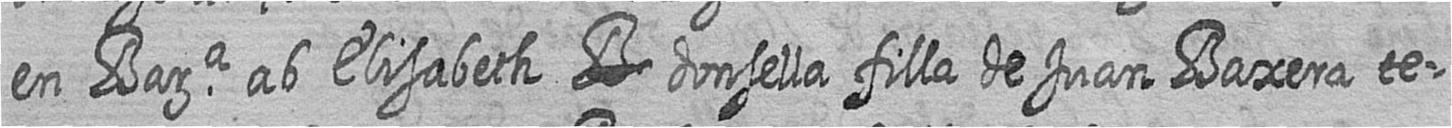
en Bara ab Elisabeth # donsella filla de Juan Baxera te=